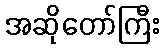
အဆိုတော်ကြီး